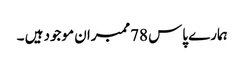
ہمارے پاس 78ممبران موجود ہیں ۔